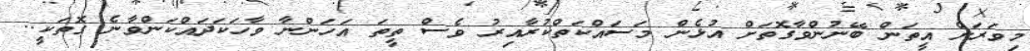
މިވަރަށް އީތަން ބޭނުންވާގޮތަށް އުޅެން މަސައްކަތްކުރާއިރު ވެސް ތީތަ އަހަންނާ ވާހަކަދައްކަންވާނެ ގޮތަކީ..